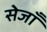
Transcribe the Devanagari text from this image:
सेजाँ